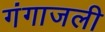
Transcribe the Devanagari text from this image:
गंगाजली